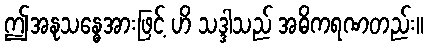
ဤအနုသန္ဓေအားဖြင့် ဟိ သဒ္ဒါသည် အဓိကရဏတည်း။